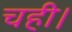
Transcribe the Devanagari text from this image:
चही।